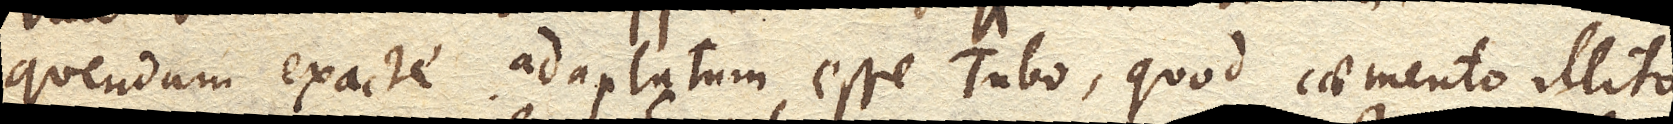
quendam exacte adaptatum esse Tubo, quod caemento illito